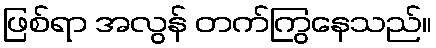
ဖြစ်ရာ အလွန် တက်ကြွနေသည်။